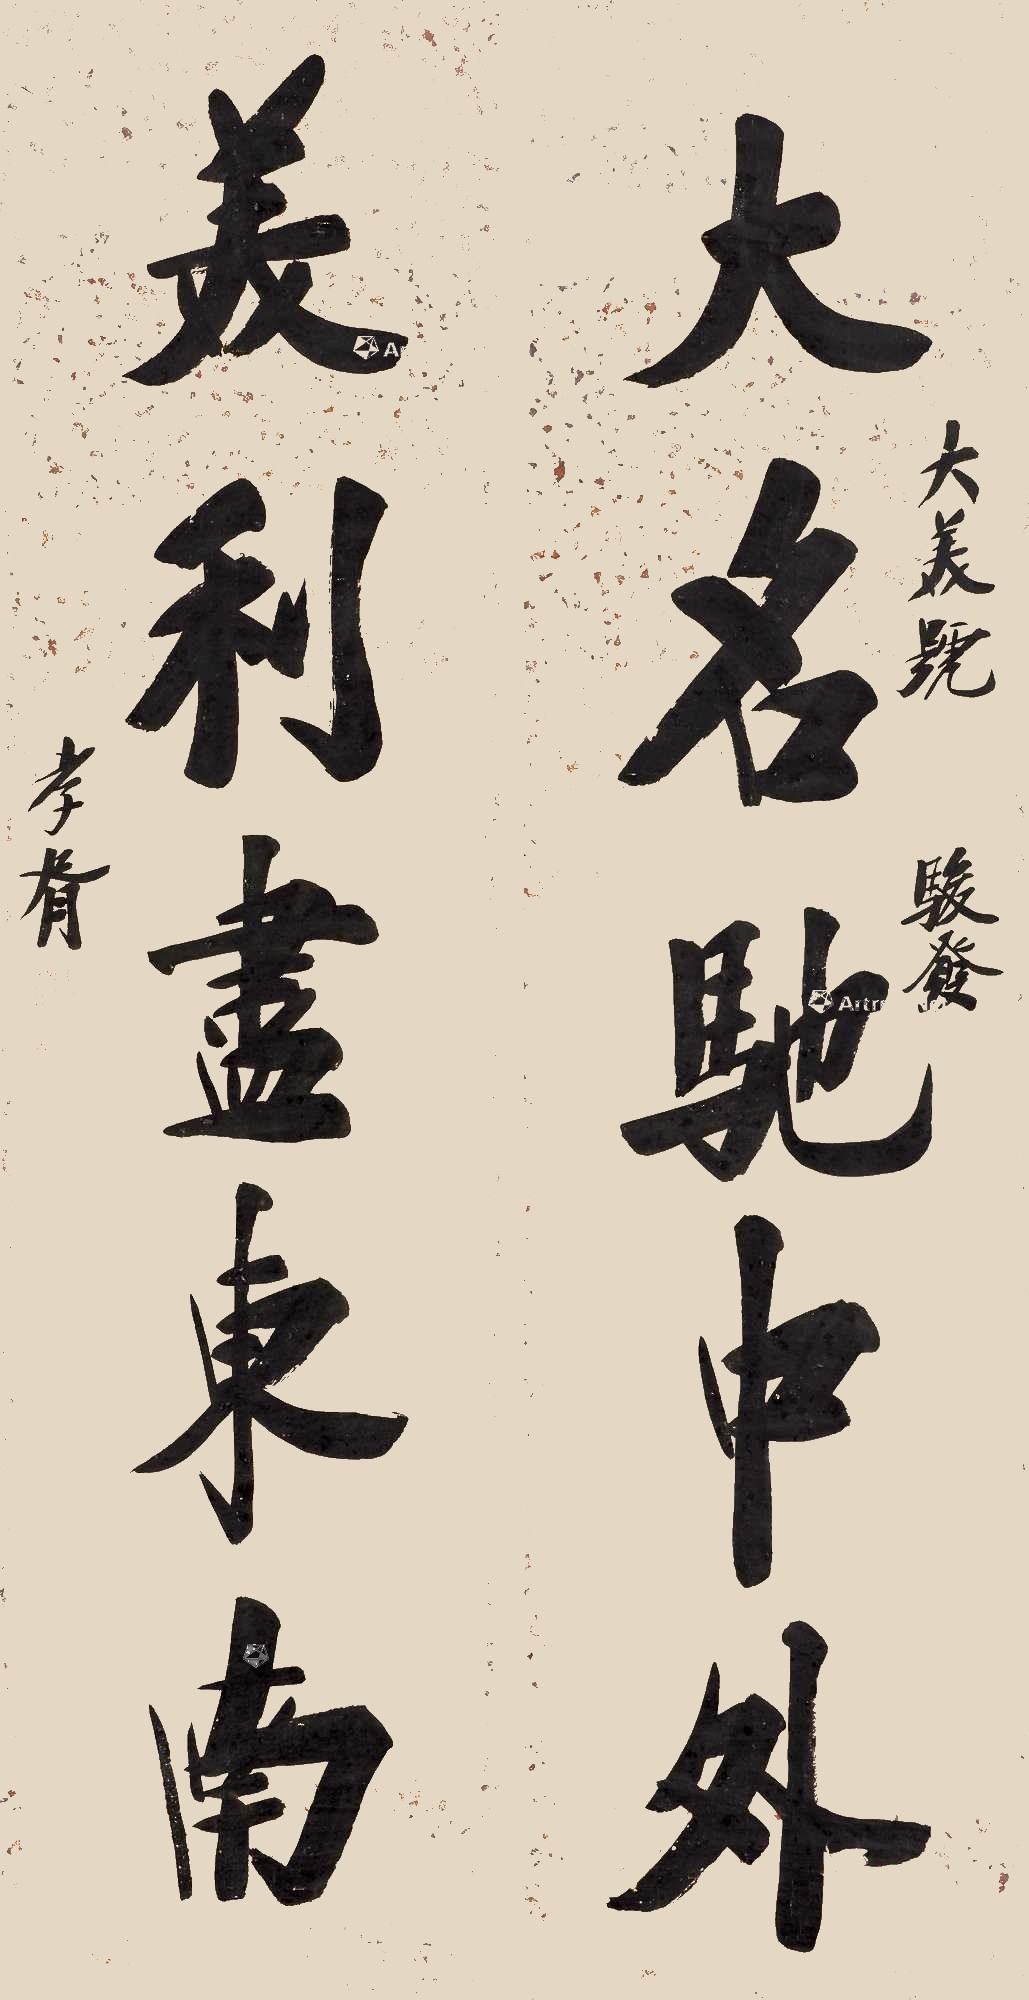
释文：大名驰中外，美利尽东南。大美号骏发。孝胥。